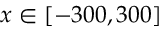
x \in [ - 3 0 0 , 3 0 0 ]